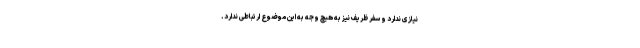
نیازی ندارد و سفر ظریف نیز به هیچ وجه به این موضوع ارتباطی ندارد.